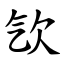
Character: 㰟